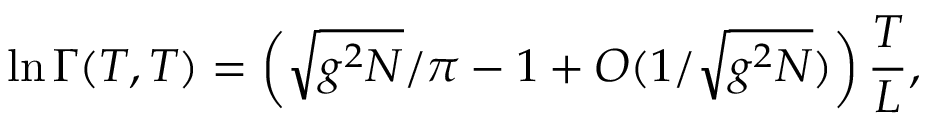
\ln \Gamma ( T , T ) = \left( \sqrt { g ^ { 2 } N } / \pi - 1 + { \cal O } ( 1 / \sqrt { g ^ { 2 } N } ) \right) \frac { T } { L } ,